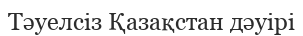
Тәуелсіз Қазақстан дәуірі